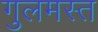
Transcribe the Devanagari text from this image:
गुलमस्त